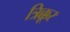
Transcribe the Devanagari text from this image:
त्रिक्कूर